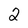
Character: 2